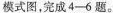
模式图。完成4-6题。